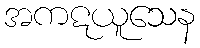
အကဋယူသေန